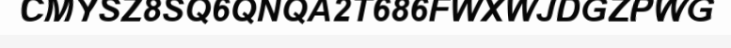
CMYSZ8SQ6QNQA2T686FWXWJDGZPWG